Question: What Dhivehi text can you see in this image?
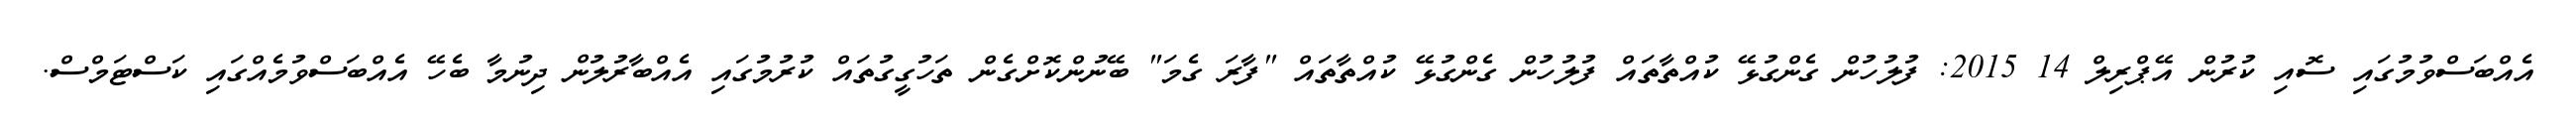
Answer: އެއްބަސްވުމުގައި ސޮއި ކުރުން އޭޕްރިލް 14 2015: ފުލުހުން ގެންގުޅޭ ކުއްތާތައް ފުލުހުން ގެންގުޅޭ ކުއްތާތައް "ފާރަ ގެމަ" ބޭނުންކޮށްގެން ތަހުގީގުތައް ކުރުމުގައި އެއްބާރުލުން ދިނުމާ ބެހޭ އެއްބަސްވުމެއްގައި ކަސްޓަމްސް.